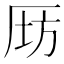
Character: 𠩝